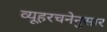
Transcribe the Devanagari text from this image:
व्यूहरचनेनुसार